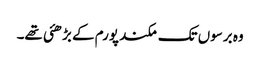
وہ برسوں تک مکند پورم کے بڑھئی تھے۔